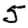
Digit: 5